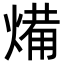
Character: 𭵥